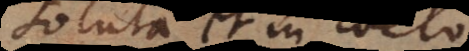
soluta et in coelo.